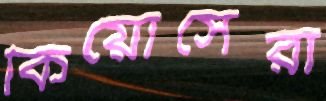
কিয়োসেরা